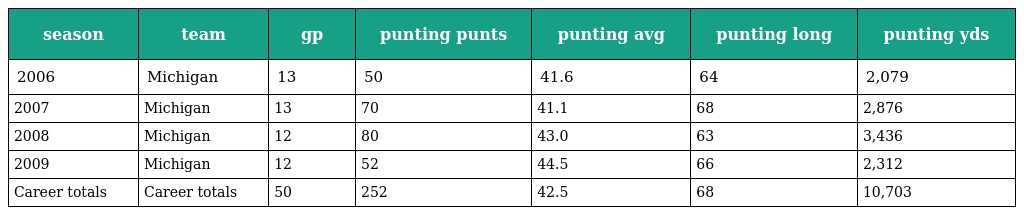
| season | team | gp | punting punts | punting avg | punting long | punting yds |
 | --- | --- | --- | --- | --- | --- | --- |
 | 2006 | Michigan | 13 | 50 | 41.6 | 64 | 2,079 |
 | 2007 | Michigan | 13 | 70 | 41.1 | 68 | 2,876 |
 | 2008 | Michigan | 12 | 80 | 43.0 | 63 | 3,436 |
 | 2009 | Michigan | 12 | 52 | 44.5 | 66 | 2,312 |
 | Career totals | Career totals | 50 | 252 | 42.5 | 68 | 10,703 |